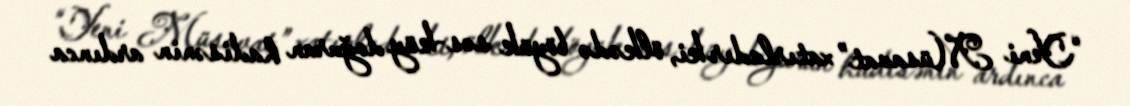
“Yeni Müsavat” xatırladır ki, ölkədə böyük səs-küy doğuran hadisənin ardınca